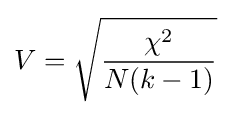
V={\sqrt {\frac {\chi ^{2}}{N(k-1)}}}